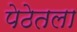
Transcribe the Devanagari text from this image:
पेठेतला